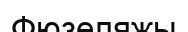
Фюзеляжы